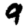
Digit: 9